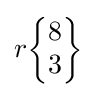
r{\begin{Bmatrix}8\\3\end{Bmatrix}}